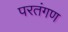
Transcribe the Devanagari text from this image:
परतंगण